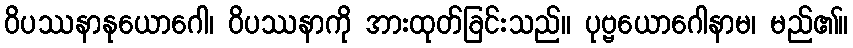
ဝိပဿနာနုယောဂေါ၊ ဝိပဿနာကို အားထုတ်ခြင်းသည်။ ပုဗ္ဗယောဂေါနာမ၊ မည်၏။